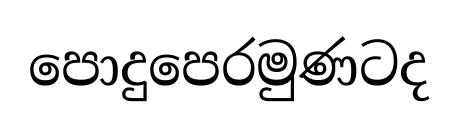
පොදුපෙරමුණටද